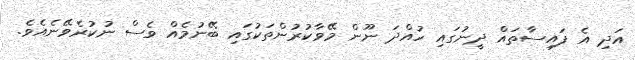
އަދި އެ ފައިސާތައް ދީނުގައި ހުއްދަ ނޫން މޭވާކުރުންތަކުގައި ބޭނުމެއް ވެސް ނުކުރެވޭނެއެވެ.